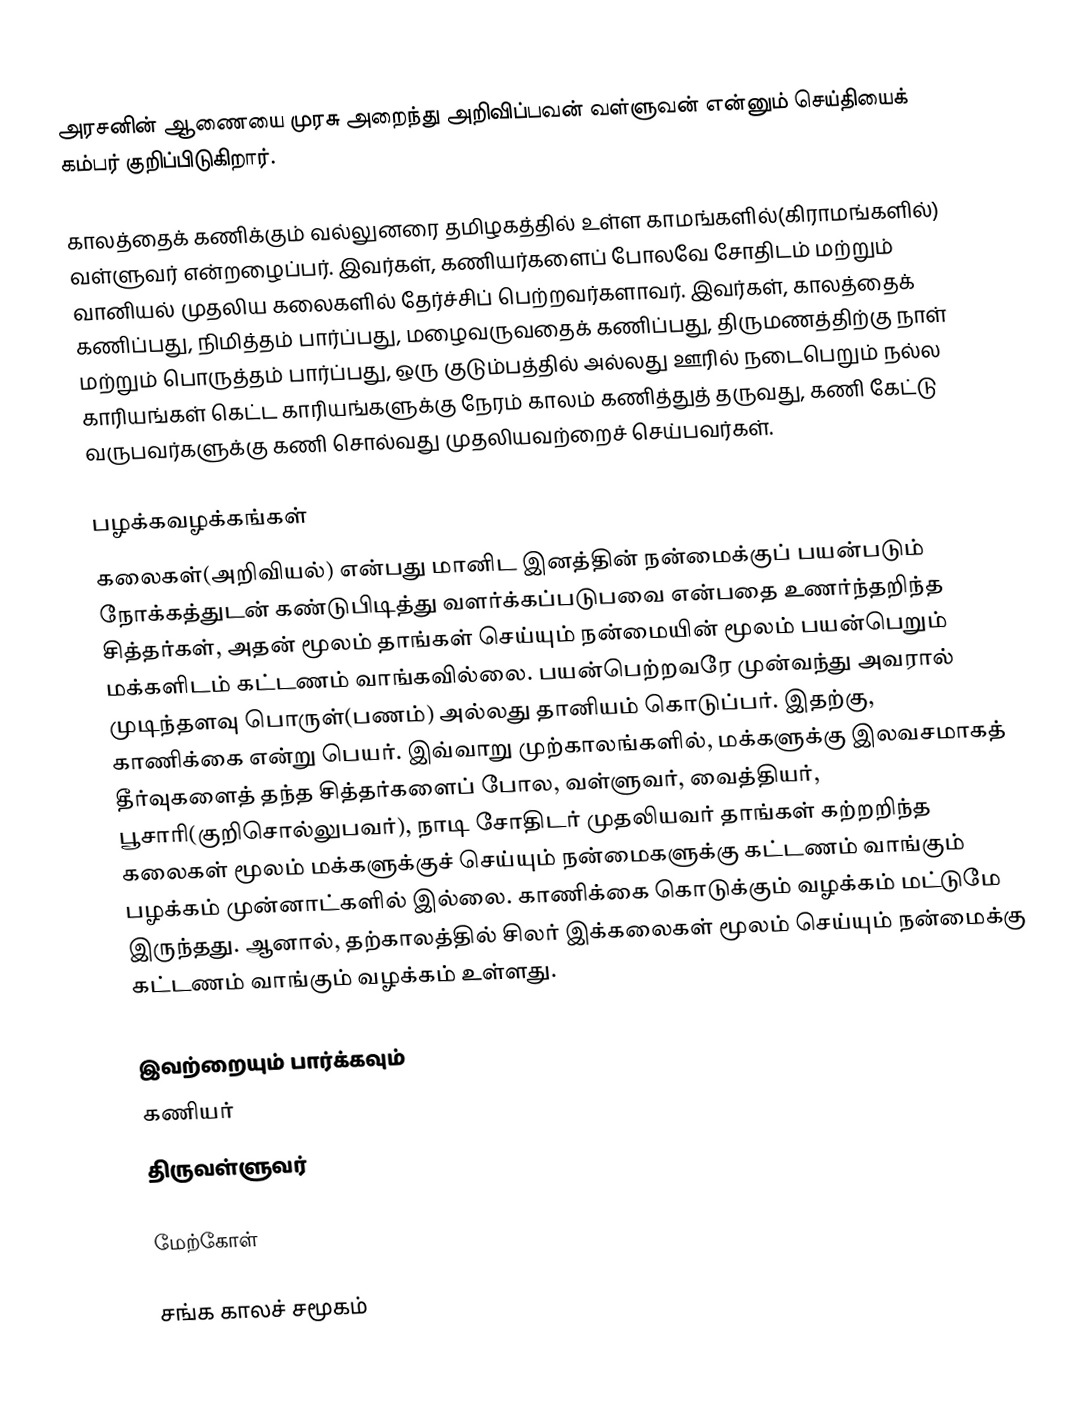
அரசனின் ஆணையை முரசு அறைந்து அறிவிப்பவன் வள்ளுவன் என்னும் செய்தியைக் கம்பர் குறிப்பிடுகிறார்.

காலத்தைக் கணிக்கும் வல்லுனரை தமிழகத்தில் உள்ள காமங்களில்(கிராமங்களில்) வள்ளுவர் என்றழைப்பர். இவர்கள், கணியர்களைப் போலவே சோதிடம் மற்றும் வானியல் முதலிய கலைகளில் தேர்ச்சிப் பெற்றவர்களாவர். இவர்கள், காலத்தைக் கணிப்பது, நிமித்தம் பார்ப்பது, மழைவருவதைக் கணிப்பது, திருமணத்திற்கு நாள் மற்றும் பொருத்தம் பார்ப்பது, ஒரு குடும்பத்தில் அல்லது ஊரில் நடைபெறும் நல்ல காரியங்கள் கெட்ட காரியங்களுக்கு நேரம் காலம் கணித்துத் தருவது, கணி கேட்டு வருபவர்களுக்கு கணி சொல்வது முதலியவற்றைச் செய்பவர்கள்.

பழக்கவழக்கங்கள்
கலைகள்(அறிவியல்) என்பது மானிட இனத்தின் நன்மைக்குப் பயன்படும் நோக்கத்துடன் கண்டுபிடித்து வளர்க்கப்படுபவை என்பதை உணர்ந்தறிந்த சித்தர்கள், அதன் மூலம் தாங்கள் செய்யும் நன்மையின் மூலம் பயன்பெறும் மக்களிடம் கட்டணம் வாங்கவில்லை. பயன்பெற்றவரே முன்வந்து அவரால் முடிந்தளவு பொருள்(பணம்) அல்லது தானியம் கொடுப்பர். இதற்கு, காணிக்கை என்று பெயர். இவ்வாறு முற்காலங்களில், மக்களுக்கு இலவசமாகத் தீர்வுகளைத் தந்த சித்தர்களைப் போல, வள்ளுவர், வைத்தியர், பூசாரி(குறிசொல்லுபவர்), நாடி சோதிடர் முதலியவர் தாங்கள் கற்றறிந்த கலைகள் மூலம் மக்களுக்குச் செய்யும் நன்மைகளுக்கு கட்டணம் வாங்கும் பழக்கம் முன்னாட்களில் இல்லை. காணிக்கை கொடுக்கும் வழக்கம் மட்டுமே இருந்தது. ஆனால், தற்காலத்தில் சிலர் இக்கலைகள் மூலம் செய்யும் நன்மைக்கு கட்டணம் வாங்கும் வழக்கம் உள்ளது.

இவற்றையும் பார்க்கவும்
 கணியர்
 திருவள்ளுவர்

மேற்கோள்

சங்க காலச் சமூகம்